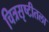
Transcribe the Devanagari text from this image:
चित्रसृष्टीतला